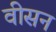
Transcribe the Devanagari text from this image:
वीसन